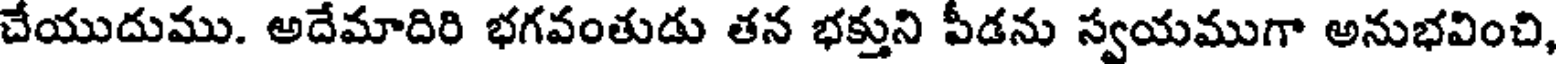
చేయుదుము. అదేమాదిరి భగవంతుడు తన భక్తుని పీడను స్వయముగా అనుభవించి,